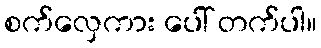
စက်လှေကား ပေါ် တက်ပါ။